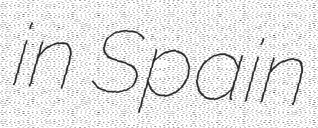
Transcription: in Spain